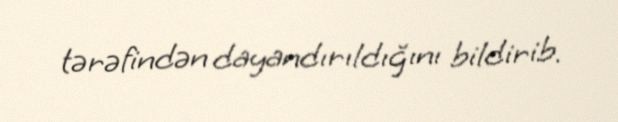
tərəfindən dayandırıldığını bildirib.